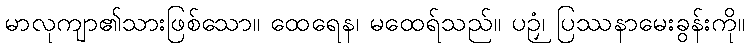
မာလုကျာ၏သားဖြစ်သော။ ထေရေန၊ မထေရ်သည်။ ပဉှံ၊ ပြဿနာမေးခွန်းကို။